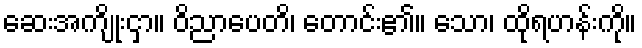
ဆေးအကျိုးငှာ။ ဝိညာပေတိ၊ တောင်း၏။ သော၊ ထိုရဟန်းကို။